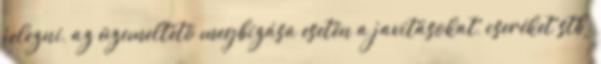
jelezni, az üzemeltetõ megbízása esetén a javításokat, cseréket stb.